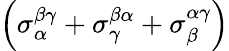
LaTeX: \left(\sigma_{\alpha}^{\beta\gamma}+\sigma_{\gamma}^{\beta\alpha}+\sigma_{\beta}^{\alpha\gamma}\right)